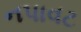
નપાવટ